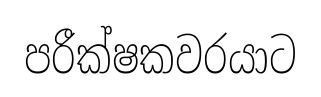
පරීක්ෂකවරයාට